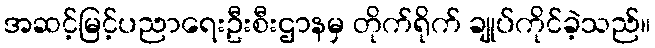
အဆင့်မြင့်ပညာရေးဦးစီးဌာနမှ တိုက်ရိုက် ချုပ်ကိုင်ခဲ့သည်။